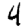
Digit: 4